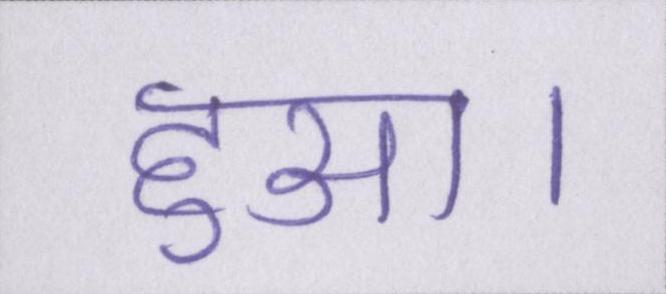
हुआ।